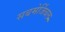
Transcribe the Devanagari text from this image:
सबमेर्जिबल